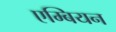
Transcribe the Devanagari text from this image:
एम्बियन